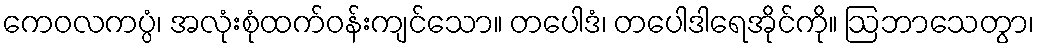
ကေဝလကပ္ပံ၊ အလုံးစုံထက်ဝန်းကျင်သော။ တပေါဒံ၊ တပေါဒါရေအိုင်ကို။ ဩဘာသေတွာ၊